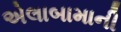
એલાબામાની